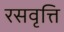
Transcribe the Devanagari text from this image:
रसवृत्ति